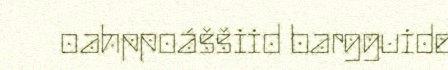
oahppoáššiid bargguide